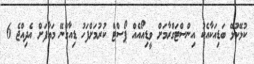
ކުޅޭކުޅޭ ބަޑިއަކާއެކު އިންސްޓަގްރާމަށް ވީޑިއޯއެއް ޕޯސްޓް ކުރުމަށްފަހު ޑިއާގްނޭ މައާފަށް އެދިއްޖެ 6